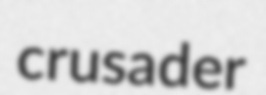
crusader